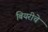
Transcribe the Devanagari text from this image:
बियरीचे